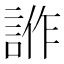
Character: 𧧻